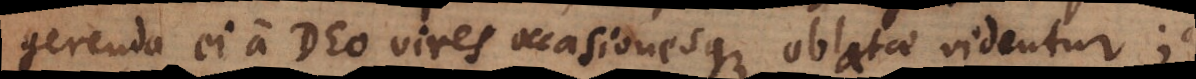
gerenda ei a Deo vires occasionesque oblatae videntur;